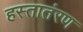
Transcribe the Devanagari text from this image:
हस्तातंरण